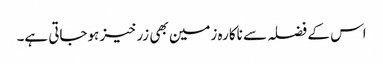
اس کے فضلہ سے ناکارہ زمین بھی زرخیز ہوجاتی ہے۔